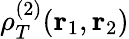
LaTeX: \rho_{T}^{(2)}({\mathbf r}_{1},{\mathbf r}_{2})